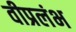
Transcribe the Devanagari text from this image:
वीप्रलंभ